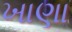
ખાણા